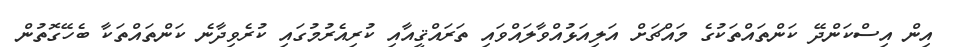
އިން އިސްކަންދޭ ކަންތައްތަކުގެ މައްޗަށް އަލިއަޅުއްވާލައްވައި ތަރައްޤީއާއި ކުރިއެރުމުގައި ކުރެވިދާނެ ކަންތައްތަކާ ބެހޭގޮތުން